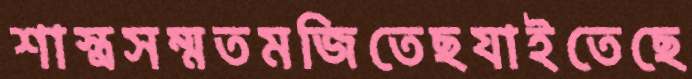
শাস্ত্রসম্মতমজিতেছযাইতেছে